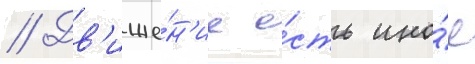
// Дв'иже́н'ие е́сть ино́е